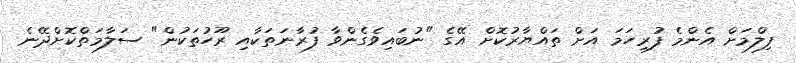
ފިލްމަށް އެންމެ ފުރިހަމަ އަށް ތައްޔާރުކޮށް އޭގެ "ނުބައިވެގެންވާ ފުރާނަތަކާއި ރޫހުތަކުން" ސަލާމަތްކޮށްދޭނެ